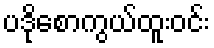
ပဒိုစောကွယ်ထူးဝင်း